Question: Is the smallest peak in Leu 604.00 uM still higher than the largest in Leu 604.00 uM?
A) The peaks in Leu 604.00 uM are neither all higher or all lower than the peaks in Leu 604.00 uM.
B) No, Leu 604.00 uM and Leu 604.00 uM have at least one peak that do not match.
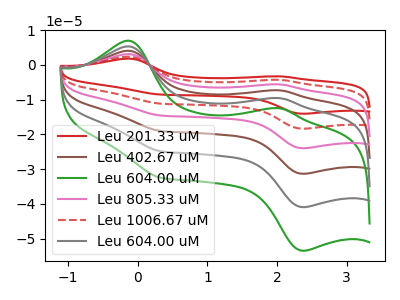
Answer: <think>The red curve "Leu 201.33 uM" has anodic peaks at (-0.15V, 26.75uA) (2.05V, -47.90uA) and cathodic peaks at (2.35V, -204.70uA) (0.35V, -124.30uA). The brown curve "Leu 402.67 uM" has anodic peaks at (-0.15V, 10.70uA) (2.05V, -19.15uA) and cathodic peaks at (2.35V, -81.85uA) (0.35V, -49.70uA). The green curve "Leu 604.00 uM" has anodic peaks at (-0.15V, 7.00uA) (2.05V, -12.50uA) and cathodic peaks at (2.35V, -53.50uA) (0.35V, -32.50uA). The pink curve "Leu 805.33 uM" has anodic peaks at (-0.15V, 16.05uA) (2.05V, -28.75uA) and cathodic peaks at (2.35V, -122.80uA) (0.35V, -74.60uA). The red dashed curve "Leu 1006.67 uM" has anodic peaks at (-0.15V, 21.40uA) (2.05V, -38.30uA) and cathodic peaks at (2.35V, -163.75uA) (0.35V, -99.45uA). The gray curve "Leu 604.00 uM" has anodic peaks at (-0.15V, 5.35uA) (2.05V, -9.60uA) and cathodic peaks at (2.35V, -40.95uA) (0.35V, -24.85uA).</think>
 <answer>A) The peaks in "Leu 604.00 uM" are neither all higher or all lower than the peaks in "Leu 604.00 uM".</answer>
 <eval>A</eval>